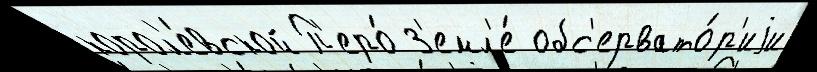
корол'е́вской П'еро́ З'емл'е́ обс'ервато́р'иjи